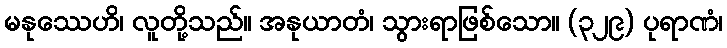
မနုဿေဟိ၊ လူတို့သည်။ အနုယာတံ၊ သွားရာဖြစ်သော။ (၃၂၉) ပုရာဏံ၊